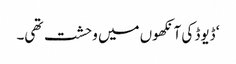
‘ ڈیوڈ کی آنکھوں میں وحشت تھی۔